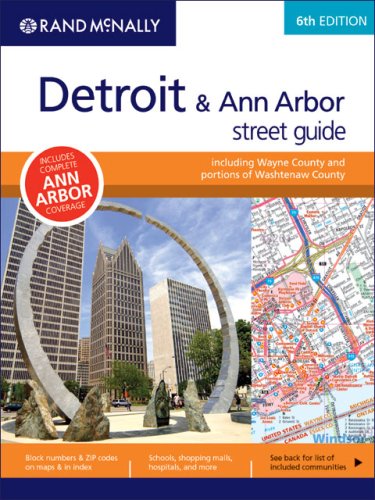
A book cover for Rand McNally Detroit & Ann Arbor Street Guide; Travel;